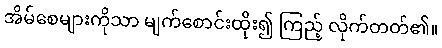
အိမ်စေများကိုသာ မျက်စောင်းထိုး၍ ကြည့် လိုက်တတ်၏။